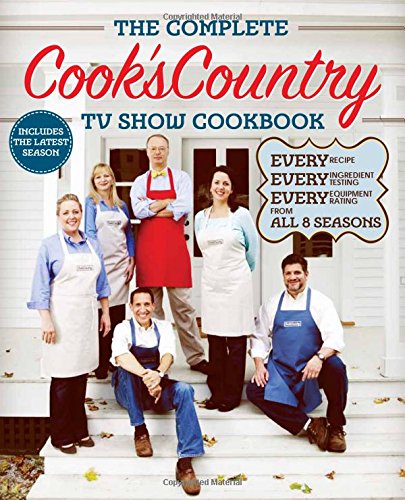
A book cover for The Complete Cook's Country TV Show Cookbook Season 8: Every Recipe, Every Ingredient Testing, Every Equipment Rating from the Hit TV Show; Humor & Entertainment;